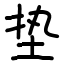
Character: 垫